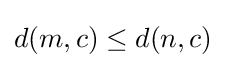
d(m,c)\leq d(n,c)